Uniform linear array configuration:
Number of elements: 16
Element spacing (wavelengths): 0.5
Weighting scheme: cosine
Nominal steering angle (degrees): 0
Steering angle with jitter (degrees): -1.58
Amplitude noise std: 0.05
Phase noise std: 0.05

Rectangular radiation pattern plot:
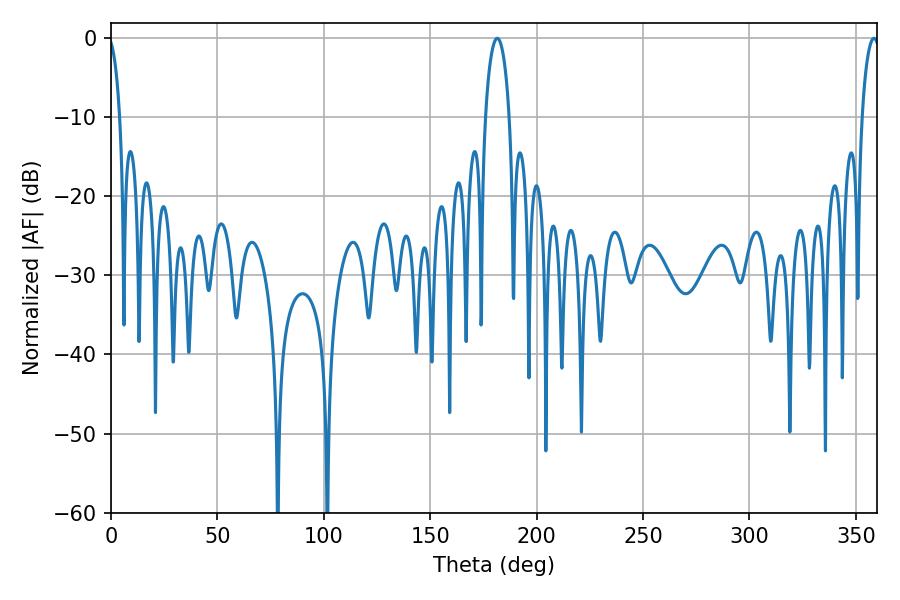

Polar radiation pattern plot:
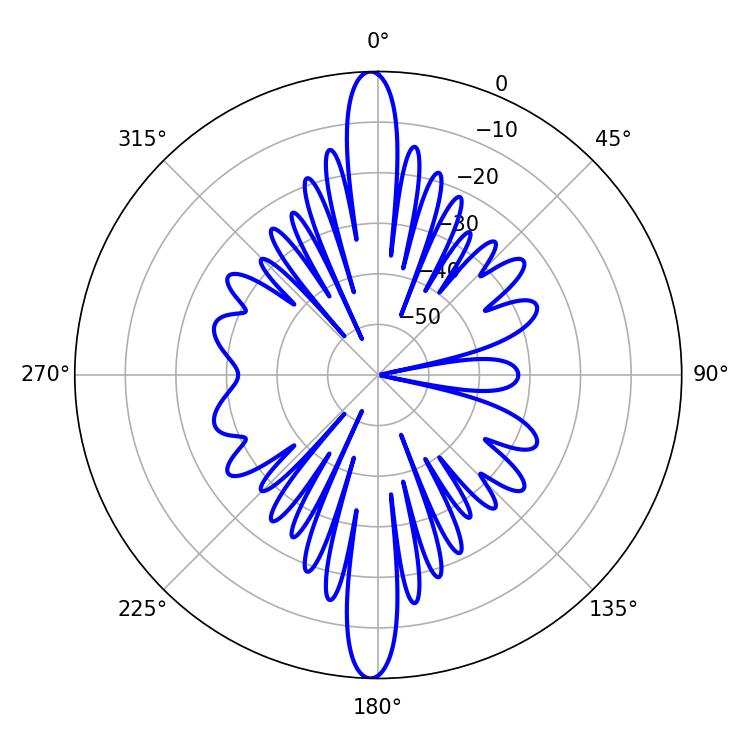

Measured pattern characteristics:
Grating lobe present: FALSE
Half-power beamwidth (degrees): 6.48
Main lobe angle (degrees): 181.44